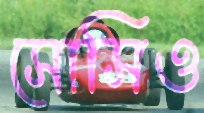
সোসিও